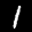
Label: 1